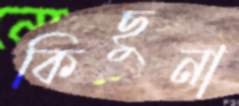
কিছুনা